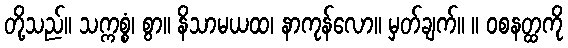
တို့သည်။ သက္ကစ္စံ၊ စွာ။ နိသာမယထ၊ နာကုန်လော။ မှတ်ချက်။ ။ ဝစနတ္ထကို